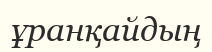
ұранқайдың